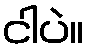
ငါပဲ။